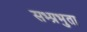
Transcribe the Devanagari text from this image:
सभ्प्रभुता